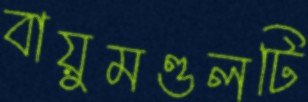
বায়ুমণ্ডলটি